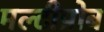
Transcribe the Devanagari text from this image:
मल्टीप्रोब